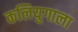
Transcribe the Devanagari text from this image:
कलियुगाला